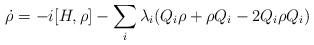
LaTeX: \begin{align*}\dot{\rho} = -i[H,\rho] - \sum_i \lambda_i (Q_i \rho +\rho Q_i - 2Q_i \rho Q_i)\end{align*}